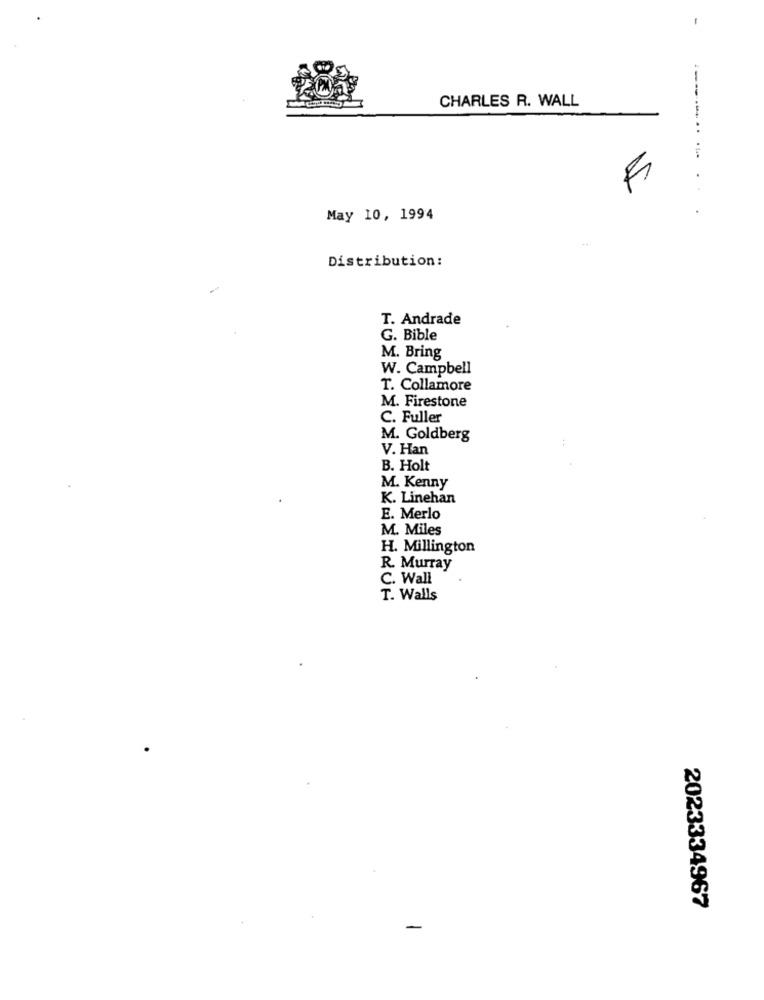
CHARLES R. WALL
------..
. ...
S
...
May 10, 1994
Distribution:
T. Andrade
G. Bible
M. Bring
W. Campbell
T. Collamore
M. Firestone
C. Fuller
M. Goldberg
V. Han
B. Holt
M. Kenny
K. Linehan
E. Merlo
M. Miles
H. Millington
R. Murray
C. Wall
T. Walls
2023334967